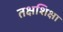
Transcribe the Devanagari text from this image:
तक्षशिक्षा